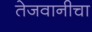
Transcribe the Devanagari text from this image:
तेजवानीचा